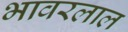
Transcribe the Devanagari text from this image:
भावरलाल